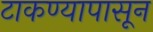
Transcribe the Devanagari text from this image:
टाकण्यापासून